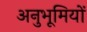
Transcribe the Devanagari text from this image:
अनुभूमियों